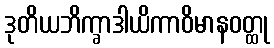
ဒုတိယဘိက္ခာဒါယိကာဝိမာနဝတ္ထု